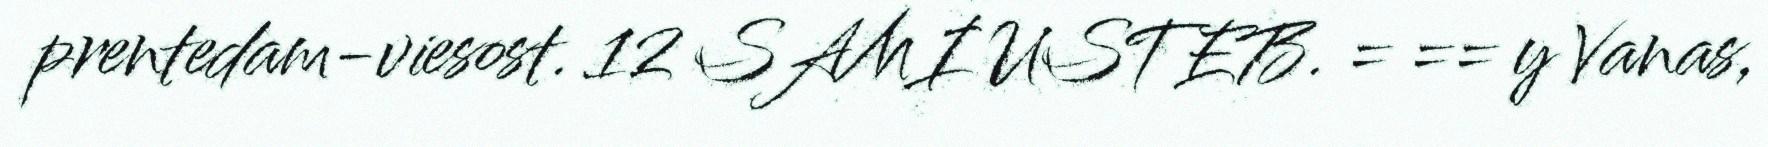
prentedam-viesost. 12 SAMI USTEB. = == y Vanas,